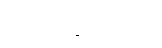
ပစ္စဝေက္ခိတဗ္ဗာတိ